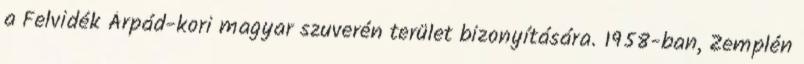
a Felvidék Árpád-kori magyar szuverén terület bizonyítására. 1958-ban, Zemplén